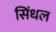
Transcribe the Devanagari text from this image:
सिंधल